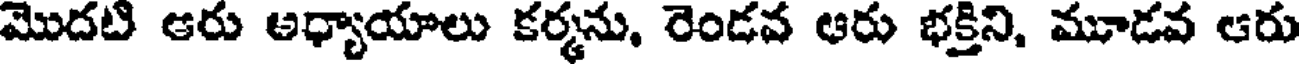
మొదటి ఆరు అధ్యాయాలు కర్మను, రెండవ ఆరు భక్తిని, మూడవ ఆరు